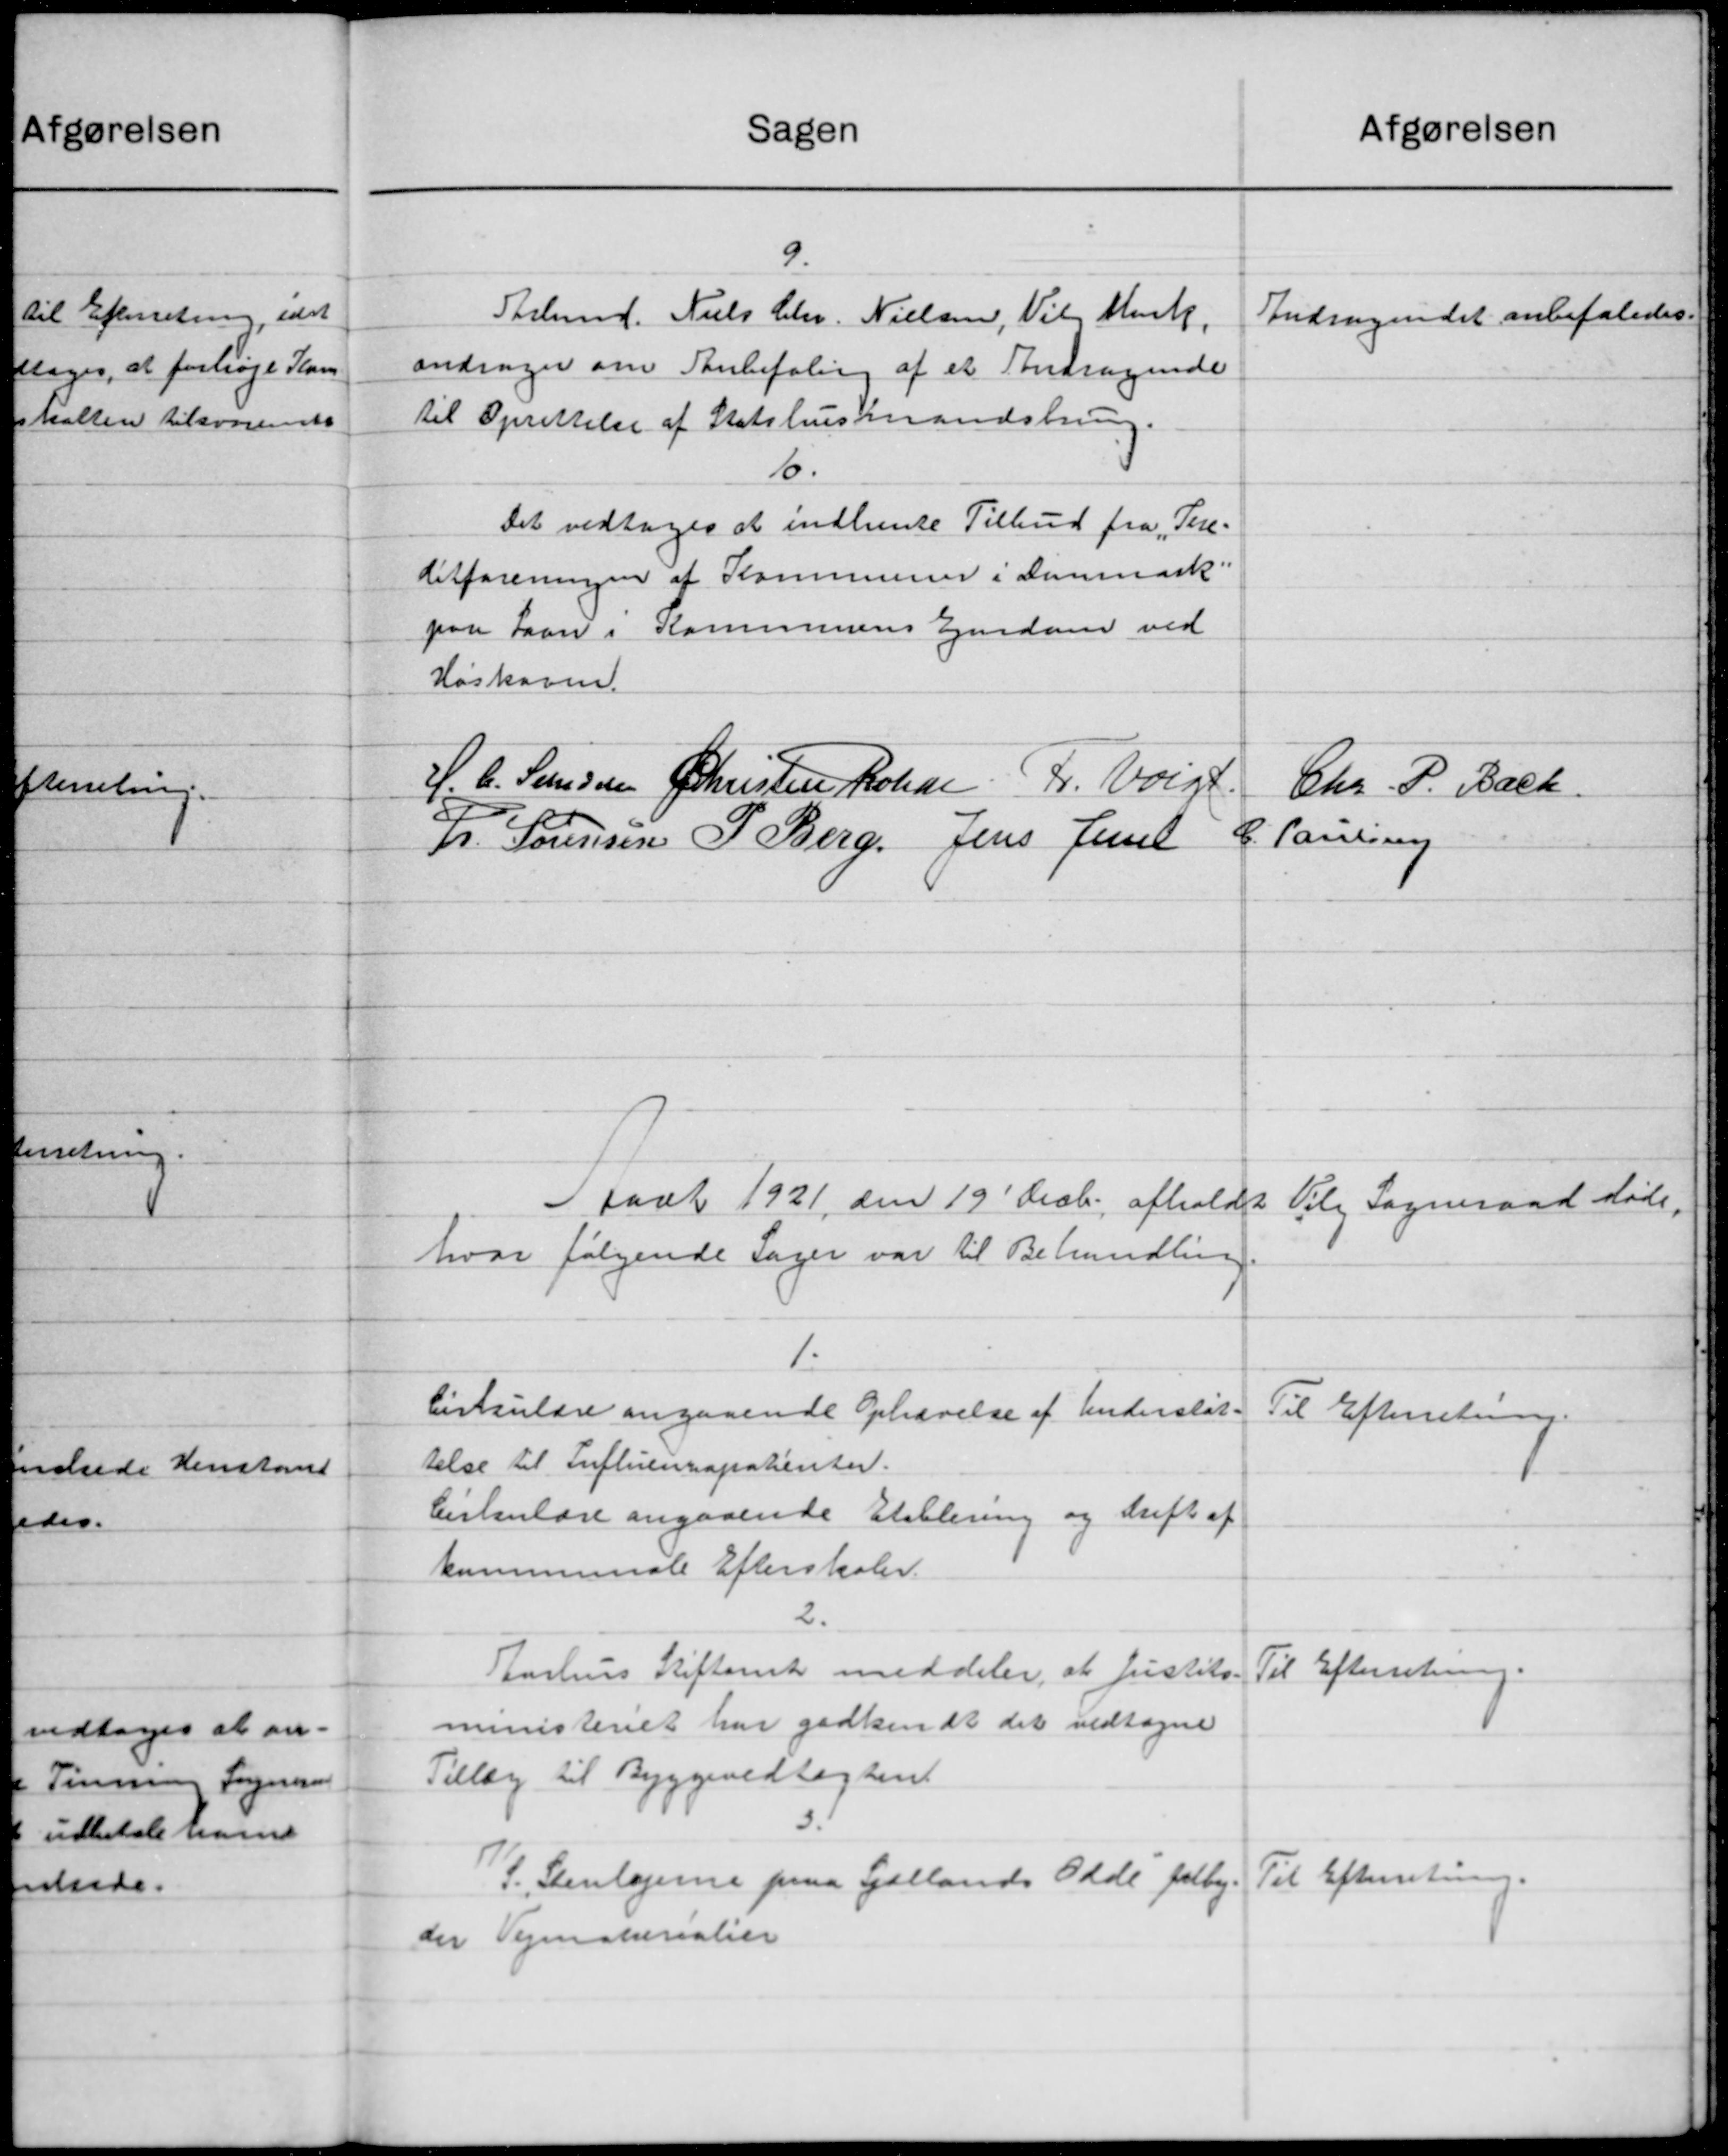
Transskription:
Sagen
9
Stelmd. Niels Chr. Nielsen, Vil Munk,
andrager om anbefaling af et Andragende
til Oprettelse af Statshusmandsbring.
16.
Det vedtoges at indhente Tilbud fra „Tere-
ditforeningen af Kommunen i Danmark:
paa Laan i Kommunens Ejendom ved
Høskoven.
H. C. Sanssen  Christen Kolde Fr. Valgt
Fr. Sørensen P. Berg. Jens Jensen
Aart 1921 den 19' Decbr afholdt
hvor følgende Sager var til Behandling
1.
Cirkulære angaaende Ophævelse af Understøt-
telse til Luftuennapatienter.
Cirkulære angaaende Etablering og drift af
kommunale Efterskoler.
2.
Aarhus Stiftamt meddeler, at Justits-
ministeriet har godkendt det vedtagne
Tillæg til Byggevedtægten
S. Stenlagerne paa Sjællands Odde folby.
der Vejensterialien